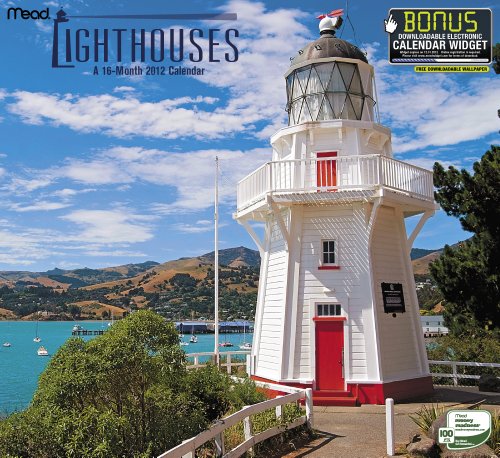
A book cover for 2012 Lighthouses Wall Calendar; Mead; Calendars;